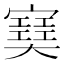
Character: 𡫟